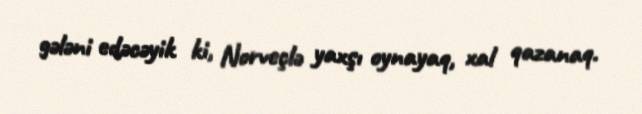
gәlәni edәcәyik ki, Norveçlә yaxşı oynayaq, xal qazanaq.